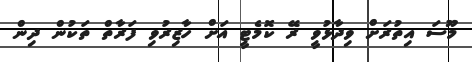
މޫސަ އިތުރަށް ވިދާޅުވީ ރޭ ކޮމެޓީ އަށް ހާޒިރުވި ފަރާތް ތަކުން ދިން